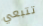
تتبعي